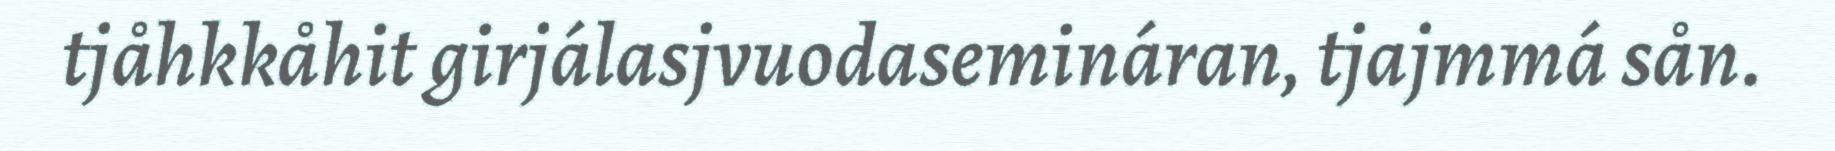
tjåhkkåhit girjálasjvuodasemináran, tjajmmá sån.